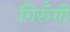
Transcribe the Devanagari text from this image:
गिरूँगी